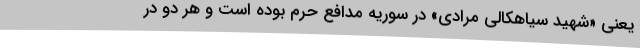
یعنی «شهید سیاهکالی مرادی» در سوریه مدافع حرم بوده است و هر دو در